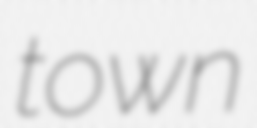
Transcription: town